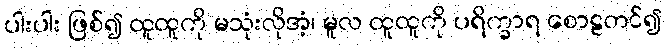
ပါးပါး ဖြစ်၍ ထူထူကို မသုံးလိုအံ့၊ မူလ ထူထူကို ပရိက္ခာရ စောဠတင်၍